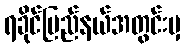
ရခိုင်ပြည်နယ်အတွင်းမှ